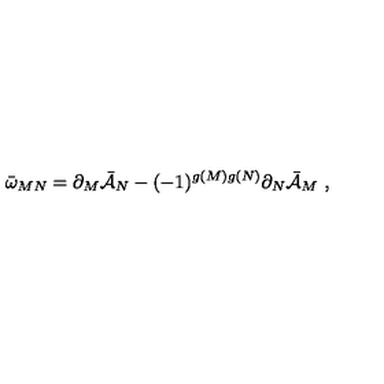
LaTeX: \bar { \omega } _ { M N } = \partial _ { M } \bar { \cal { A } } _ { N } - ( - 1 ) ^ { g ( M ) g ( N ) } \partial _ { N } \bar { \cal { A } } _ { M } \ ,